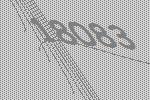
18083